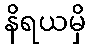
နိရယမှိ